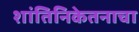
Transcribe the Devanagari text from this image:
शांतिनिकेतनाचा